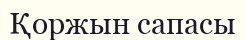
Қоржын сапасы